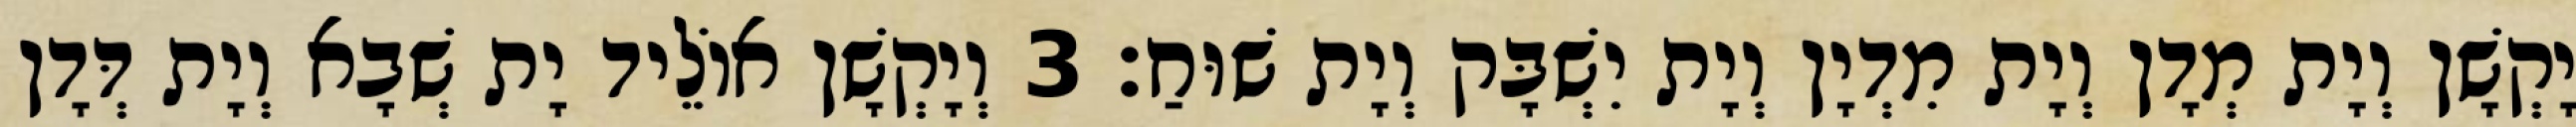
יָקְשָׁן וְיָת מְדָן וְיָת מִדְיָן וְיָת יִשְׁבָּק וְיָת שׁוּחַ׃ 3 וְיָקְשָׁן אוֹלֵיד יָת שְׁבָא וְיָת דְּדָן